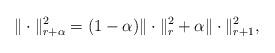
LaTeX: \begin{align*}\| \cdot \|_{r+\alpha}^2 = (1-\alpha) \| \cdot \|_{r}^2 + \alpha\| \cdot \|_{r+1}^2, \end{align*}